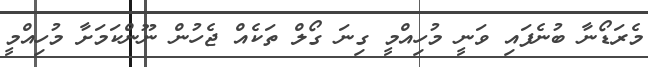
މެރަޑޯނާ ބުނެފައި ވަނީ މުހިއްމީ ގިނަ ގޯލް ތަކެއް ޖެހުން ނޫންކަމަށާ މުހިއްމީ